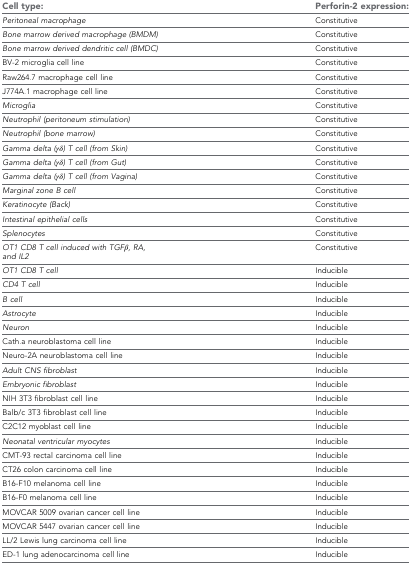
<table><thead><tr><td><b>Cell type:</b></td><td><b>Perforin-2 expression:</b></td></tr></thead><tbody><tr><td><i>Peritoneal macrophage</i></td><td>Constitutive</td></tr><tr><td><i>Bone marrow derived macrophage (BMDM)</i></td><td>Constitutive</td></tr><tr><td><i>Bone marrow derived dendritic cell (BMDC)</i></td><td>Constitutive</td></tr><tr><td>BV-2 microglia cell line</td><td>Constitutive</td></tr><tr><td>Raw264.7 macrophage cell line</td><td>Constitutive</td></tr><tr><td>J774A.1 macrophage cell line</td><td>Constitutive</td></tr><tr><td><i>Microglia</i></td><td>Constitutive</td></tr><tr><td><i>Neutrophil (peritoneum stimulation)</i></td><td>Constitutive</td></tr><tr><td><i>Neutrophil (bone marrow)</i></td><td>Constitutive</td></tr><tr><td><i>Gamma delta (γδ) T cell (from Skin)</i></td><td>Constitutive</td></tr><tr><td><i>Gamma delta (γδ) T cell (from Gut)</i></td><td>Constitutive</td></tr><tr><td><i>Gamma delta (γδ) T cell (from Vagina)</i></td><td>Constitutive</td></tr><tr><td><i>Marginal zone B cell</i></td><td>Constitutive</td></tr><tr><td><i>Keratinocyte (Back)</i></td><td>Constitutive</td></tr><tr><td><i>Intestinal epithelial cells</i></td><td>Constitutive</td></tr><tr><td><i>Splenocytes</i></td><td>Constitutive</td></tr><tr><td><i>OT1 CD8 T cell induced with TGFβ, RA, and IL2</i></td><td>Constitutive</td></tr><tr><td><i>OT1 CD8 T cell</i></td><td>Inducible</td></tr><tr><td><i>CD4 T cell</i></td><td>Inducible</td></tr><tr><td><i>B cell</i></td><td>Inducible</td></tr><tr><td><i>Astrocyte</i></td><td>Inducible</td></tr><tr><td><i>Neuron</i></td><td>Inducible</td></tr><tr><td>Cath.a neuroblastoma cell line</td><td>Inducible</td></tr><tr><td>Neuro-2A neuroblastoma cell line</td><td>Inducible</td></tr><tr><td><i>Adult CNS fibroblast</i></td><td>Inducible</td></tr><tr><td><i>Embryonic fibroblast</i></td><td>Inducible</td></tr><tr><td>NIH 3T3 fibroblast cell line</td><td>Inducible</td></tr><tr><td>Balb/c 3T3 fibroblast cell line</td><td>Inducible</td></tr><tr><td>C2C12 myoblast cell line</td><td>Inducible</td></tr><tr><td><i>Neonatal ventricular myocytes</i></td><td>Inducible</td></tr><tr><td>CMT-93 rectal carcinoma cell line</td><td>Inducible</td></tr><tr><td>CT26 colon carcinoma cell line</td><td>Inducible</td></tr><tr><td>B16-F10 melanoma cell line</td><td>Inducible</td></tr><tr><td>B16-F0 melanoma cell line</td><td>Inducible</td></tr><tr><td>MOVCAR 5009 ovarian cancer cell line</td><td>Inducible</td></tr><tr><td>MOVCAR 5447 ovarian cancer cell line</td><td>Inducible</td></tr><tr><td>LL/2 Lewis lung carcinoma cell line</td><td>Inducible</td></tr><tr><td>ED-1 lung adenocarcinoma cell line</td><td>Inducible</td></tr></tbody></table>